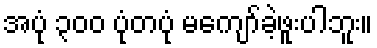
အပုံ ၃၀၀ ပုံတပုံ မကျော်ခဲ့ဖူးပါဘူး။